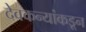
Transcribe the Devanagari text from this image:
देवकन्यांकडून